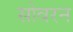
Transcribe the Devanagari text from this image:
सोवरन